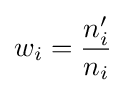
w_{i}={\frac {n'_{i}}{n_{i}}}